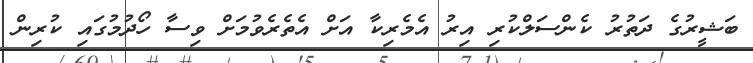
ބަޝީރުގެ ދަތުރު ކެންސަލްކުރި އިރު އެމެރިކާ އަށް އެތެރެވުމަށް ވިސާ ހޯދުމުގައި ކުރިން